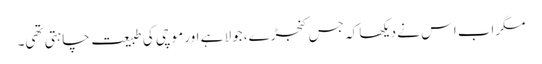
مگراب اس نے دیکھا کہ جس کنجڑے، جولا ہے اور موچی کی طبیعت چاہتی تھی۔